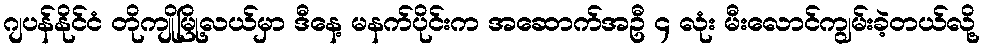
ဂျပန်နိုင်ငံ တိုကျိုမြို့လယ်မှာ ဒီနေ့ မနက်ပိုင်းက အဆောက်အဦ ၄ လုံး မီးလောင်ကျွမ်းခဲ့တယ်လို့